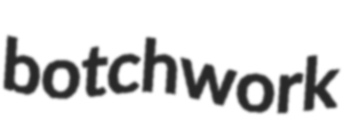
botchwork